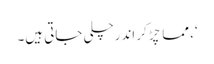
‘، مما چِڑ کر اندرچلی جاتی ہیں۔